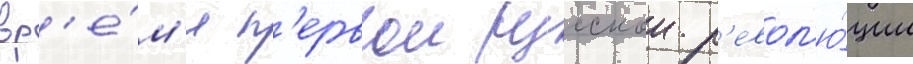
вр'е́м'я п'ервои русскои р'евол'ю́ции